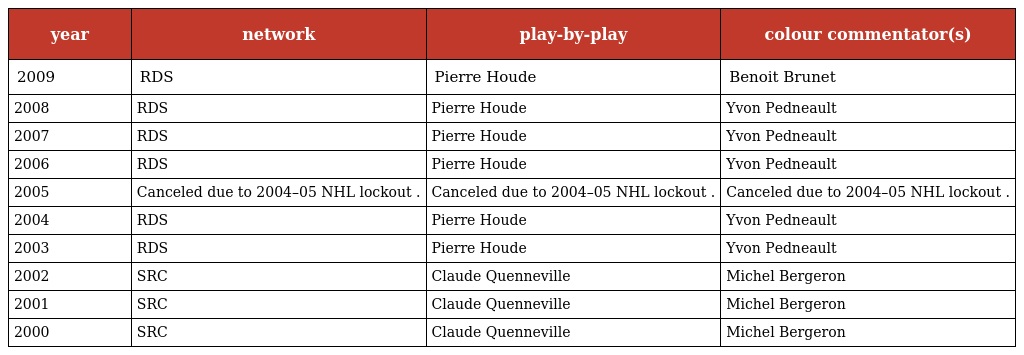
| year | network | play-by-play | colour commentator(s) |
 | --- | --- | --- | --- |
 | 2009 | RDS | Pierre Houde | Benoit Brunet |
 | 2008 | RDS | Pierre Houde | Yvon Pedneault |
 | 2007 | RDS | Pierre Houde | Yvon Pedneault |
 | 2006 | RDS | Pierre Houde | Yvon Pedneault |
 | 2005 | Canceled due to 2004–05 NHL lockout . | Canceled due to 2004–05 NHL lockout . | Canceled due to 2004–05 NHL lockout . |
 | 2004 | RDS | Pierre Houde | Yvon Pedneault |
 | 2003 | RDS | Pierre Houde | Yvon Pedneault |
 | 2002 | SRC | Claude Quenneville | Michel Bergeron |
 | 2001 | SRC | Claude Quenneville | Michel Bergeron |
 | 2000 | SRC | Claude Quenneville | Michel Bergeron |